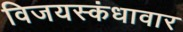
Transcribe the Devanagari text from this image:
विजयस्कंधावार